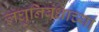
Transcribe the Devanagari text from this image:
लघुनिबंधाच्या